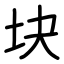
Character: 块